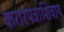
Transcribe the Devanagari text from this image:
करारपत्राशिवाय